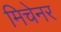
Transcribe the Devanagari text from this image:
मिचेनर